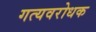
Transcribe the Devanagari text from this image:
गत्यवरोधक